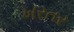
ખરતર